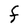
Character: F